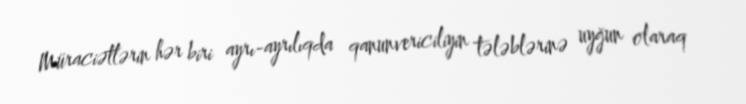
Müraciətlərin hər biri ayrı-ayrılıqda qanunvericiliyin tələblərinə uyğun olaraq